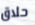
حلاق